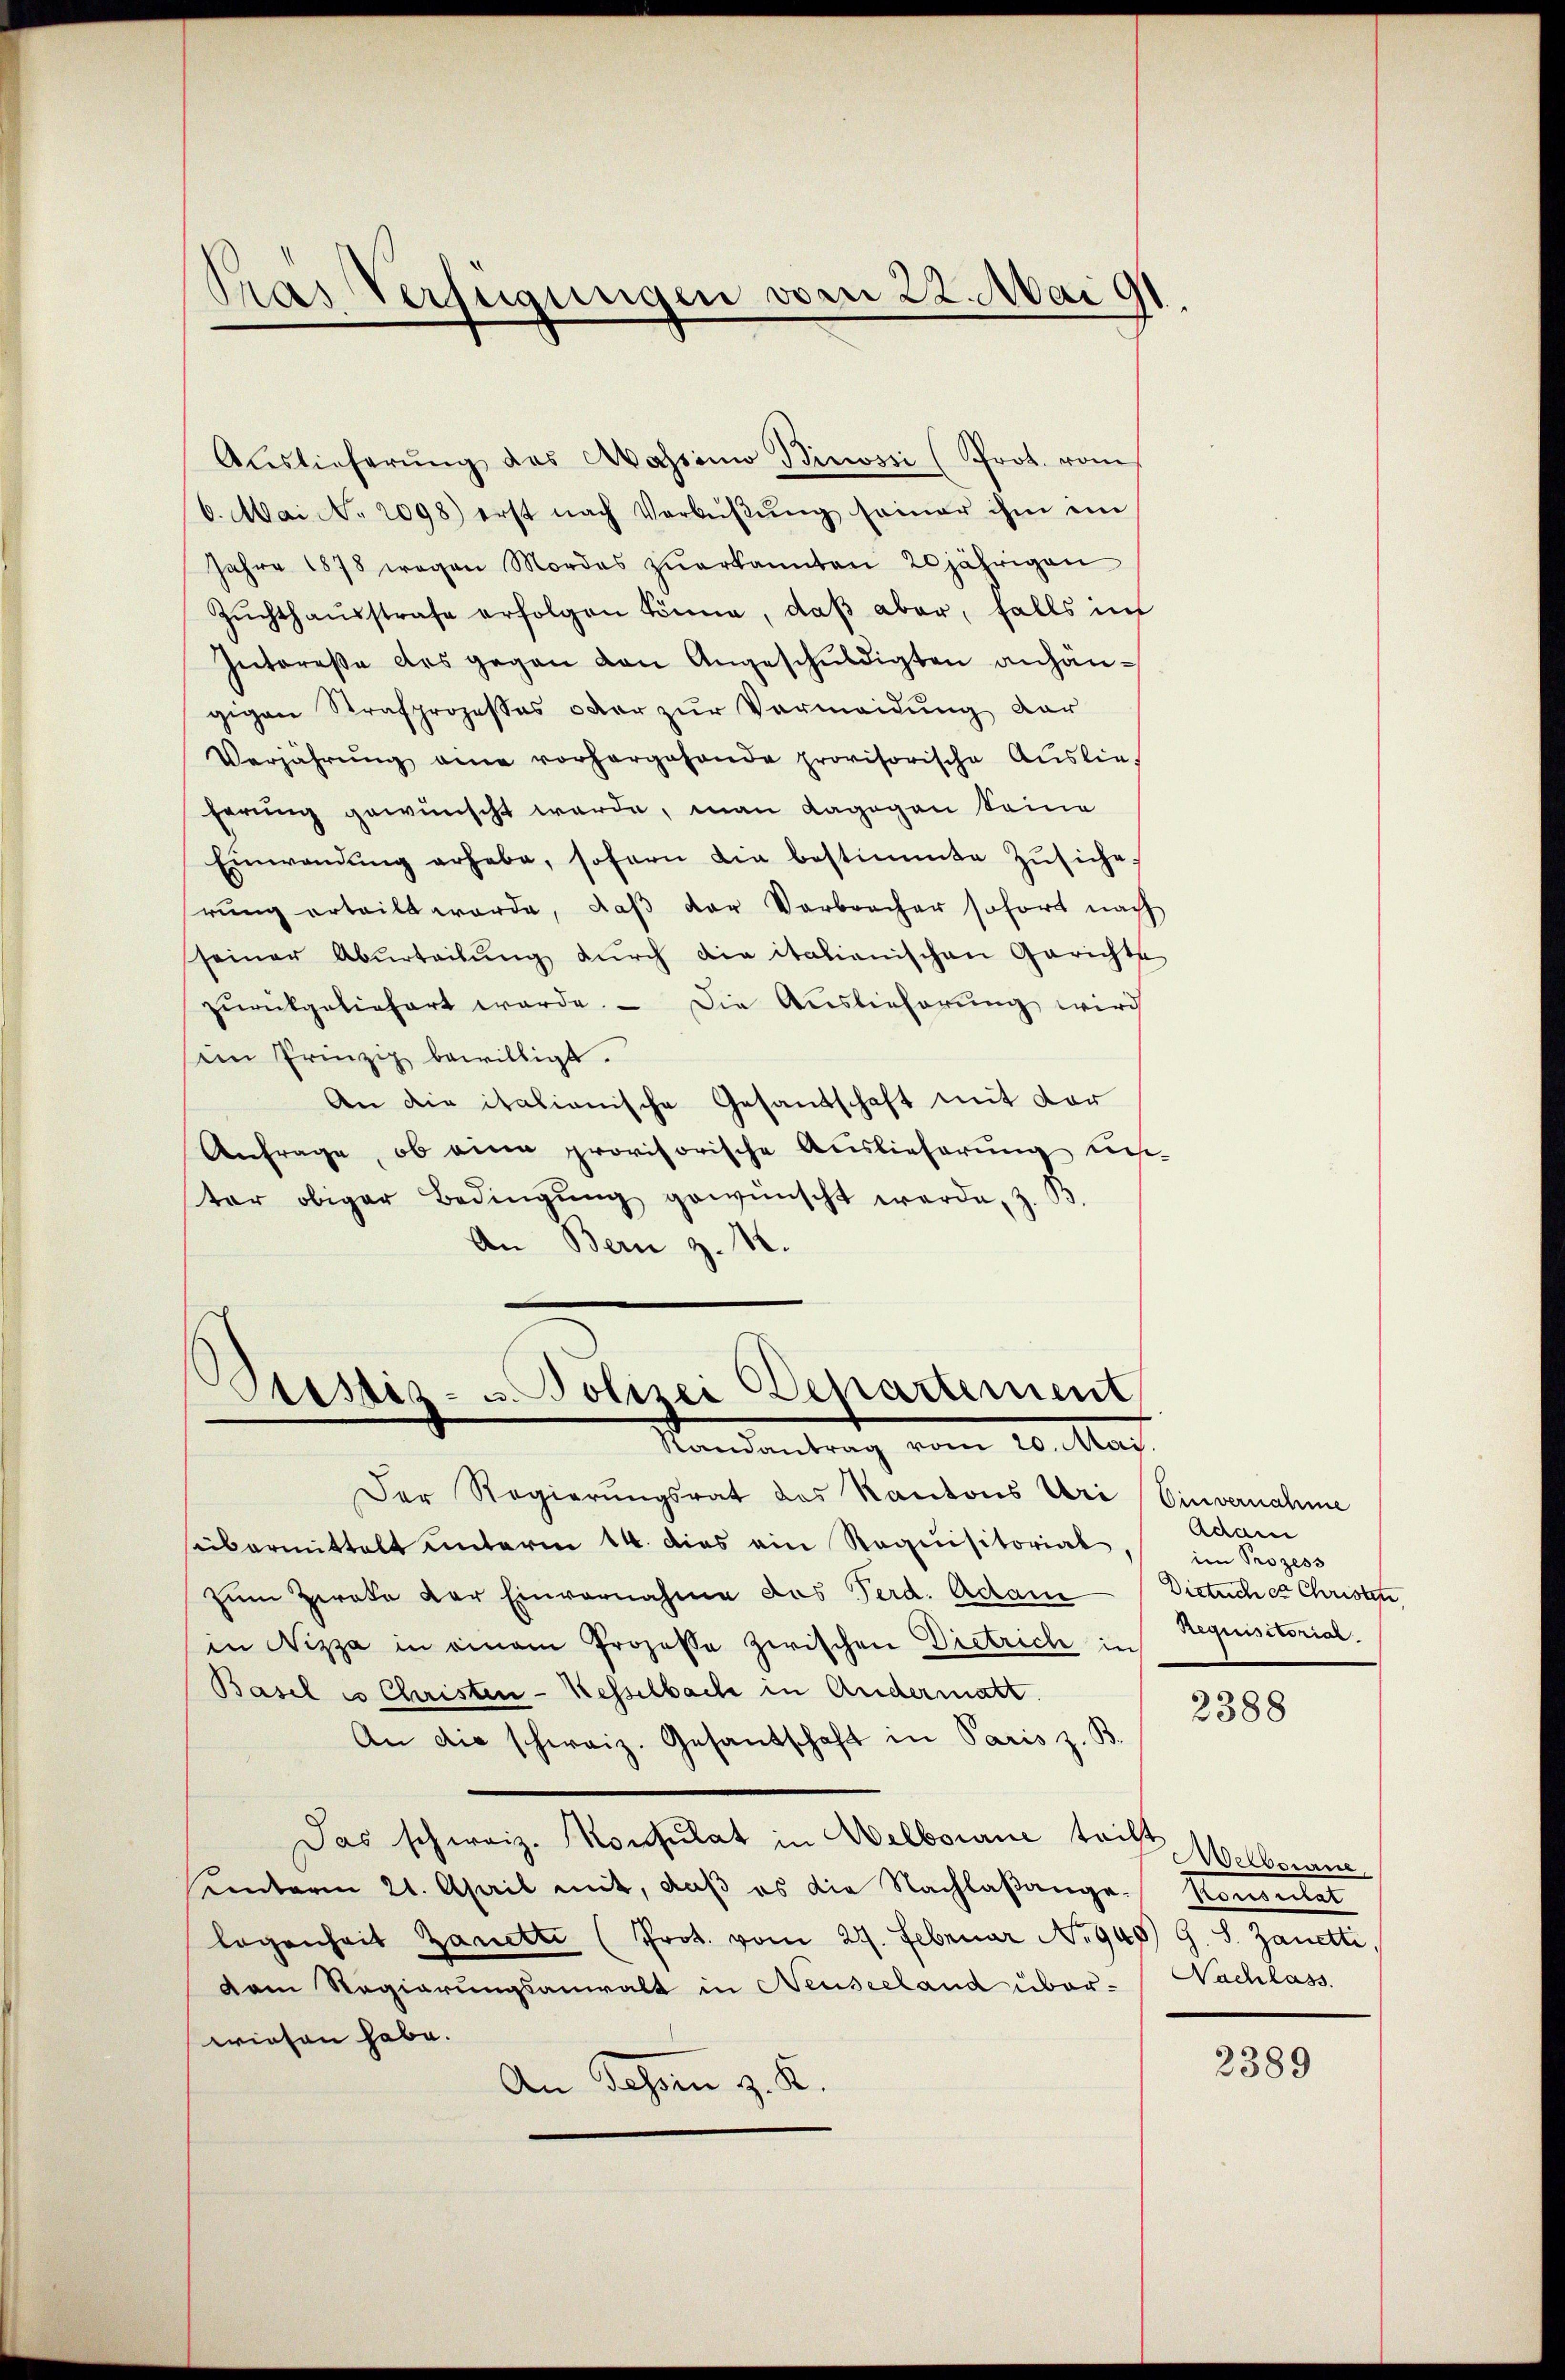
Pras Verfügungen vom 22. Mai 91

Auslieferŭng das Abassimi Binossi (Prot. vom
6. Mai No 2098) erst nach Verbüβŭng seiner ihm ein
Jahre 1878 wegen Mordes zuerkannten 20jährigen
Zŭchthaŭsstrafe erfolgen könne, daβ aber, falls in
Intereße des gegen von Angeschuldigten anhängigene Strafprozesses oder zur Vermeidung der
Verjährŭng eine vorhergehende provisorische Auslieferung gewünscht werde, man dagegen keine
Einwandŭng erhabe, sofern die bestimmte Zŭsiche,
rŭng erteilt worde, daβ der Verbrocher sofort nachh
seiner Aburteilŭng dŭrch die italienischen Gerichte
zŭrückgeliefert werde. Die Auslieferung wird
im Prinzip bewilligt.
An die italienische Gesandschaft mit der
Anfrage, ob eine provisorische Auslieferung un-
ter obiger Bedingŭng gewünscht werde, z.
An Bern z. 12.

s
Aristiz- u. Polizei Departement
Randantrag vom 20. Mai

Der Regierŭngsrat des Kantons Uri Einvernahme
seibermittelt unterm 14. dies ein Requisitorial,
zum Zirate der Einvernahme das Ferd. Actam Dictuches Christen
in Nizza in einem Prozesse zwischen Dietrich in
Basel es Christen-Kesselbach in Andermatt.
An die schweiz. Gesandschaft in Paris z. B.
Das schweiz. Konsulat in Welborne tacht
Unterm 21. April mit, daβ es die Nachlaßange
logenheit Zanette (Prot. vom 27. Februar No 948) G. J. Zanetti,
dam Regierungsanwalt in Neuseeland überwiesen habe.
An Schorn z. K.

Adam
im Prozess
Requisitorial.

2388

Welborne
Kometer
Nachlass.

2389